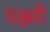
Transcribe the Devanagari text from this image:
पक्ष्मी